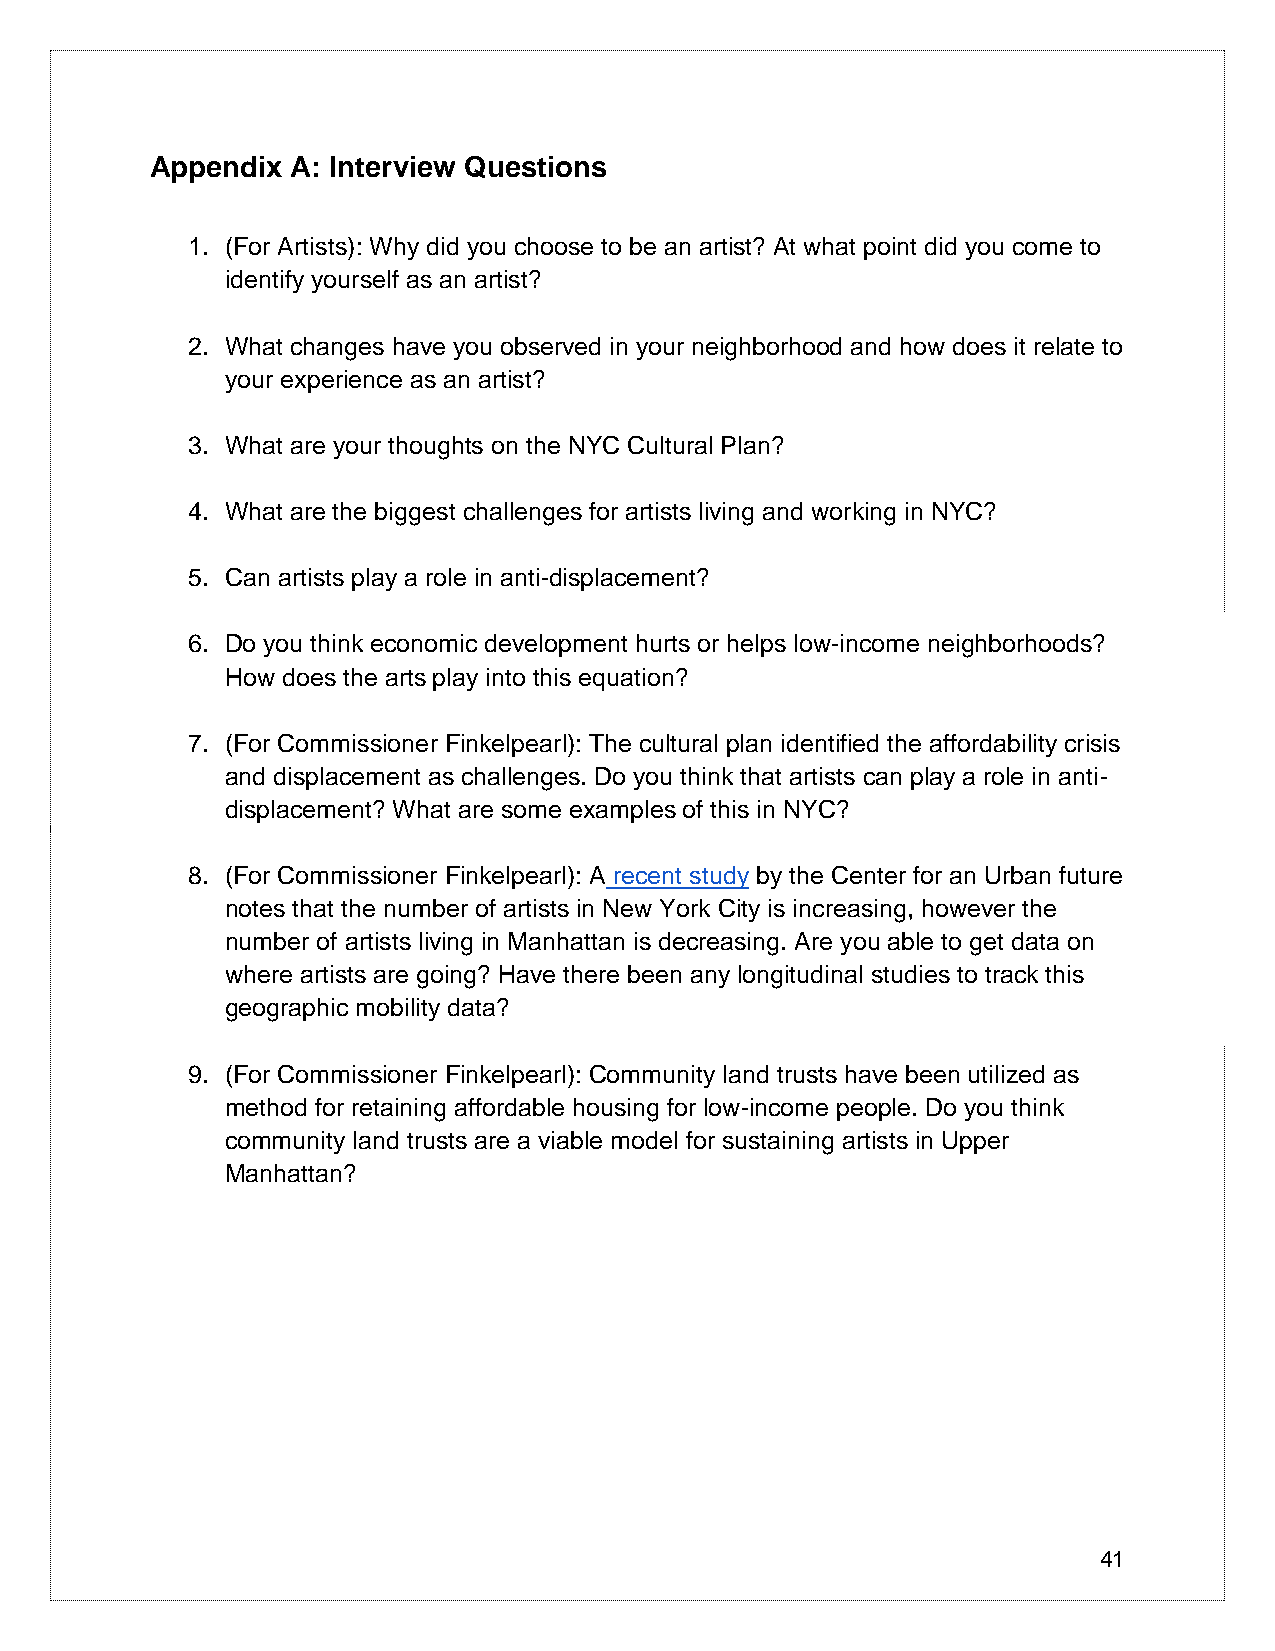
Appendix A: Interview Questions
 1. (For Artists): Why did you choose to be an artist? At what point did you come to
 identify yourself as an artist?
 2. What changes have you observed in your neighborhood and how does it relate to
 your experience as an artist?
 3. What are your thoughts on the NYC Cultural Plan?
 4. What are the biggest challenges for artists living and working in NYC?
 5. Can artists play a role in anti-displacement?
 6. Do you think economic development hurts or helps low-income neighborhoods?
 How does the arts play into this equation?
 7. (For Commissioner Finkelpearl): The cultural plan identified the affordability crisis
 and displacement as challenges. Do you think that artists can play a role in anti-
 displacement? What are some examples of this in NYC?
 8. (For Commissioner Finkelpearl): A recent study by the Center for an Urban future
 notes that the number of artists in New York City is increasing, however the
 number of artists living in Manhattan is decreasing. Are you able to get data on
 where artists are going? Have there been any longitudinal studies to track this
 geographic mobility data?
 9. (For Commissioner Finkelpearl): Community land trusts have been utilized as
 method for retaining affordable housing for low-income people. Do you think
 community land trusts are a viable model for sustaining artists in Upper
 Manhattan?
 41